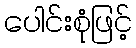
ပေါင်းစုံဖြင့်